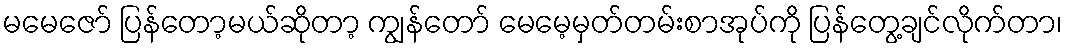
မမေဇော် ပြန်တော့မယ်ဆိုတာ့ ကျွန်တော် မေမေ့မှတ်တမ်းစာအုပ်ကို ပြန်တွေ့ချင်လိုက်တာ၊